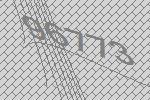
96773